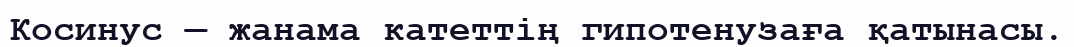
Косинус — жанама катеттің гипотенузаға қатынасы.